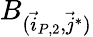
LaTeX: B_{(\vec{i}_{P,2},\vec{j}^{*})}